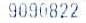
9090822